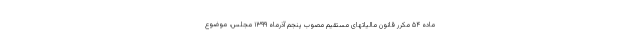
ماده ۵۴ مکرر قانون مالیاتهای مستقیم مصوب پنجم آذرماه ۱۳۹۹ مجلس، موضوع